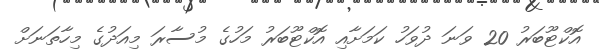
އޮކްޓޫބަރު 20 ވަނަ ދުވަހު ކަމަށާއި އޮކްޓޫބަރު މަހުގެ މުސާރަ މިއަދުގެ މިހާތަނަށް